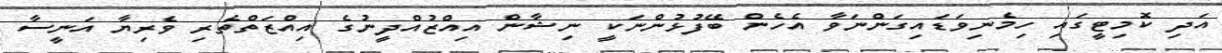
އަދި ކޮމިޓީގައި ހިމެނިވަޑައިގަންނަވާ އެހެން ބޭފުޅުންނަކީ ނިޝާން އިއްޒުއްދީނުގެ އިއްޒަތްތެރި ވެރިޔާ އަނީސާ